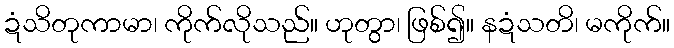
ဍံသိတုကာမာ၊ ကိုက်လိုသည်။ ဟုတွာ၊ ဖြစ်၍။ နဍံသတိ၊ မကိုက်။